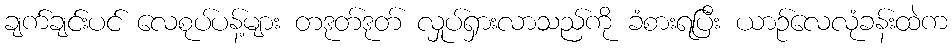
ချက်ချင်းပင် လေစုပ်ပန့်များ တဒုတ်ဒုတ် လှုပ်ရှားလာသည်ကို ခံစားရပြီး ယာဉ်လေလုံခန်းထဲက